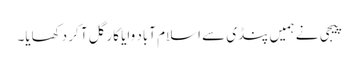
پیجی نے ہمیں پنڈی سے اسلام آباد وایا کارگل آ کر دکھایا۔